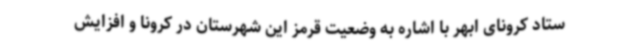
ستاد کرونای ابهر با اشاره به وضعیت قرمز این شهرستان در کرونا و افزایش